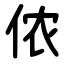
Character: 侬